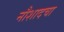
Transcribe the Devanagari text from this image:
नौशादचा